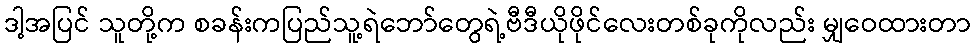
ဒါ့အပြင် သူတို့က စခန်းကပြည်သူ့ရဲဘော်တွေရဲ့ဗီဒီယိုဖိုင်လေးတစ်ခုကိုလည်း မျှဝေထားတာ